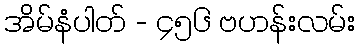
အိမ်နံပါတ် - ၄၅၆ ဗဟန်းလမ်း